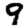
Digit: 9